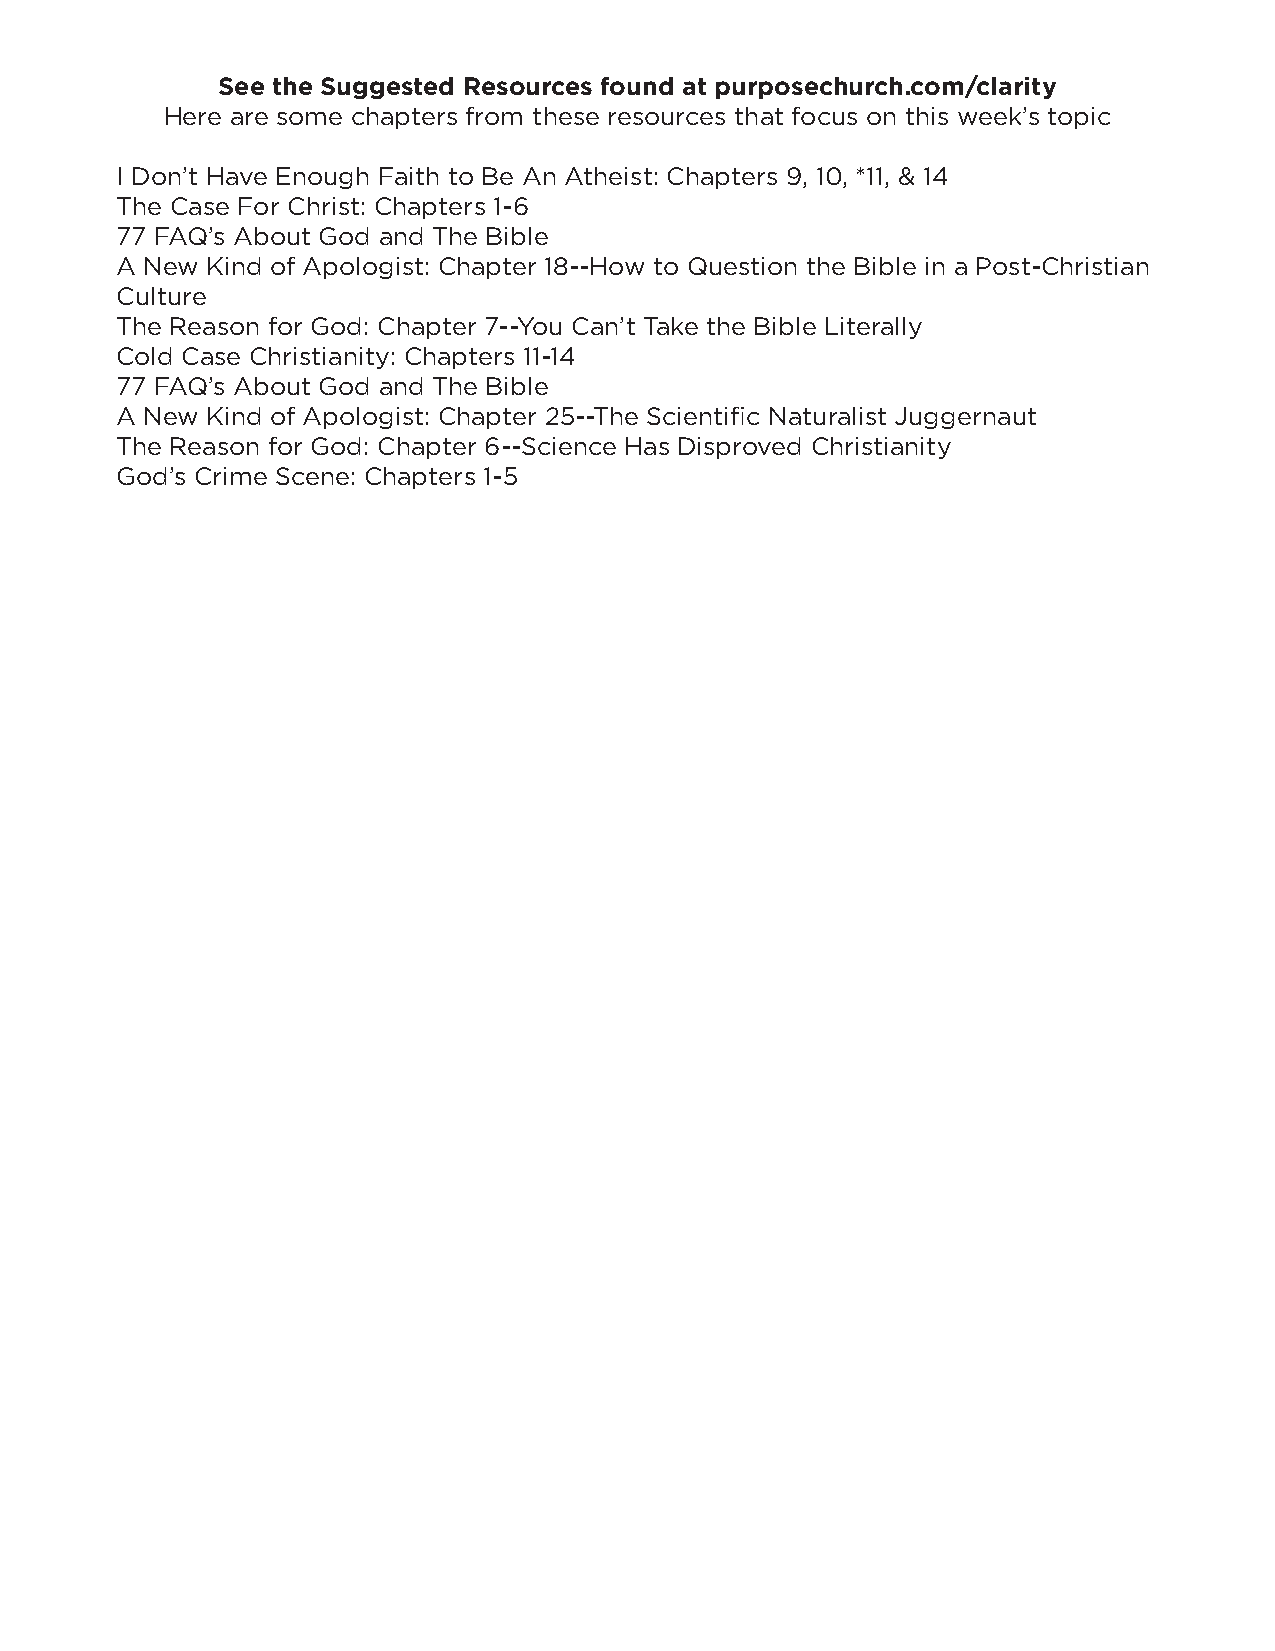
See the Suggested Resources found at purposechurch.com/clarity
 Here are some chapters from these resources that focus on this week’s topic
 I Don’t Have Enough Faith to Be An Atheist: Chapters 9, 10, *11, & 14
 The Case For Christ: Chapters 1-6
 77 FAQ’s About God and The Bible
 A New Kind of Apologist: Chapter 18--How to Question the Bible in a Post-Christian
 Culture
 The Reason for God: Chapter 7--You Can’t Take the Bible Literally
 Cold Case Christianity: Chapters 11-14
 77 FAQ’s About God and The Bible
 A New Kind of Apologist: Chapter 25--The Scientific Naturalist Juggernaut
 The Reason for God: Chapter 6--Science Has Disproved Christianity
 God’s Crime Scene: Chapters 1-5